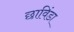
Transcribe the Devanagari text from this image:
छाविंडा